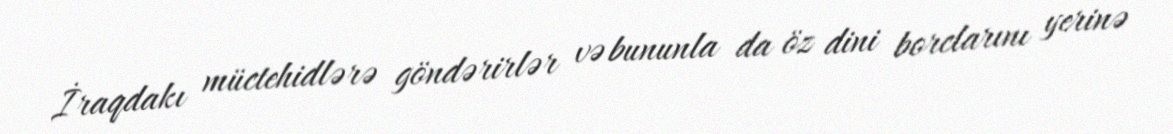
İraqdakı müctehidlərə göndərirlər və bununla da öz dini borclarını yerinə